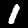
Label: 1